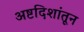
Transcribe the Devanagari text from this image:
अष्टदिशांतून